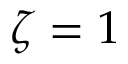
\zeta = 1